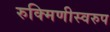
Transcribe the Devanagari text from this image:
रुक्मिणीस्वरुप